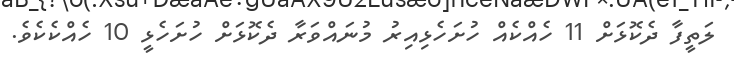
ލަތީފާ ދެކޮޅަށް 11 ހެއްކެއް ހުށަހެޅިއިރު މުނައްވަރާ ދެކޮޅަށް ހުށަހެޅީ 10 ހެއްކެކެވެ.